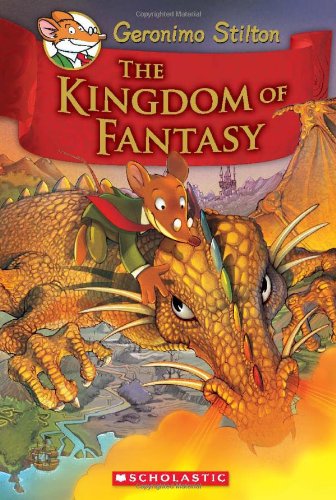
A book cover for The Kingdom of Fantasy (Geronimo Stilton); Geronimo Stilton; Children's Books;